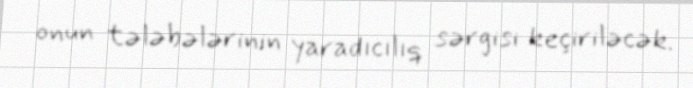
onun tələbələrinin yaradıcılıq sərgisi keçiriləcək.